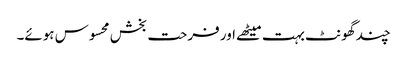
چند گھونٹ بہت میٹھے اور فرحت بخش محسوس ہوئے۔